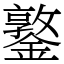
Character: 鐜